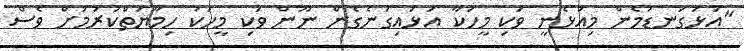
"އަޅުގަނޑުމެން މިއުޅެނީ ވަކި މީހަކާ އަޅައިގަނެގެން ނޫން ވަކި މީހަކު ހިމާޔަތްކުރުމަށް ވެސް